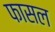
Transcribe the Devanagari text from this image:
फासल